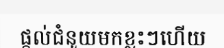
ផ្តល់ជំនួយមកខ្លះៗហើយ